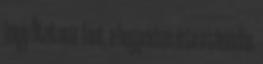
hogy Ötzit már fent, a hegyekben érte a támadás.